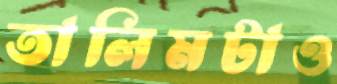
তালিমটাও